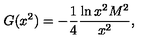
G ( x ^ { 2 } ) = - \frac { 1 } { 4 } \frac { \ln x ^ { 2 } M ^ { 2 } } { x ^ { 2 } } ,